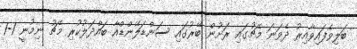
ބަލިވެފައިވާއިރު ދެވަނަ މެޗުގައި ރަށުން ބޭރުގައި ސަންޑަލޭންޑްއާ ބައްދަލުކުރި މެޗު ނިމުނީ 1-1